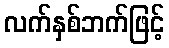
လက်နှစ်ဘက်ဖြင့်